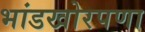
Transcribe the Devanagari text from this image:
भांडखोरपणा